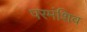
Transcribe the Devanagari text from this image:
परमंशिव